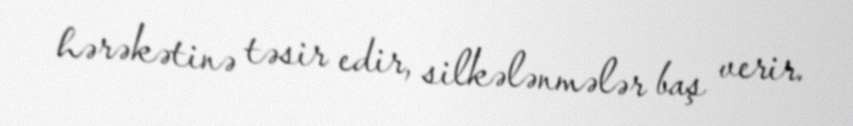
hərəkətinə təsir edir, silkələnmələr baş verir.